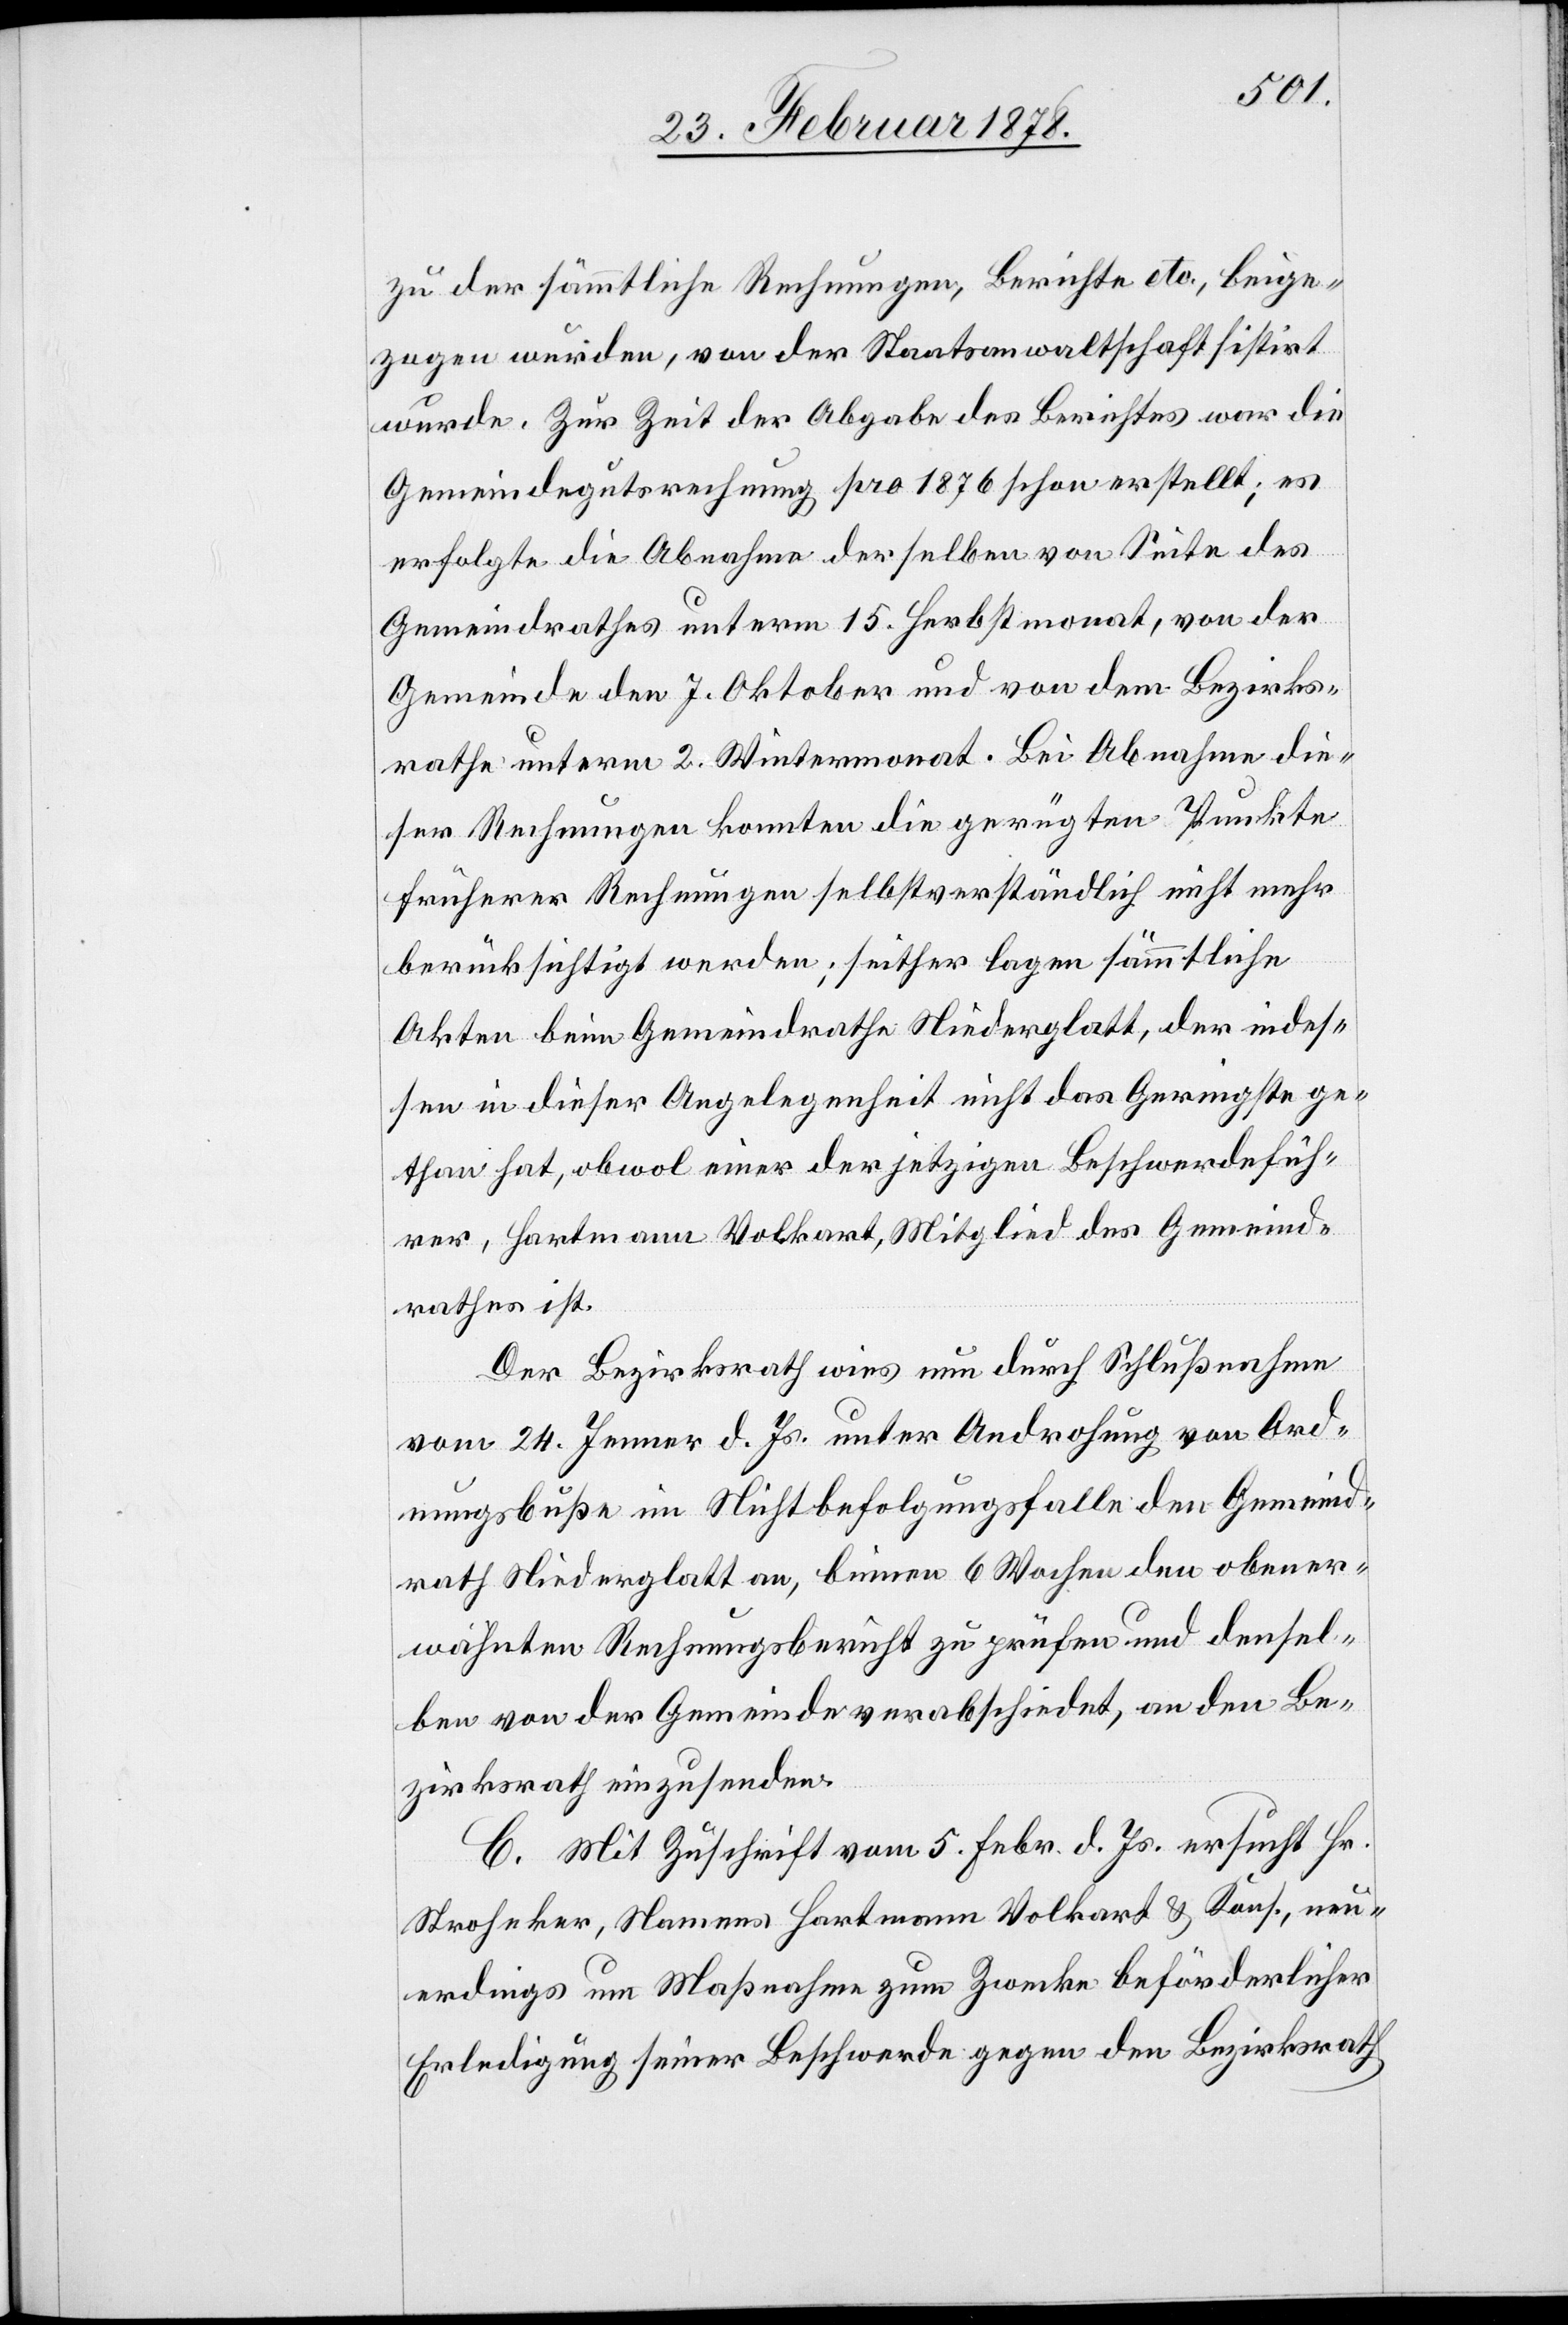
zu der sämmtliche Rechnungen, Berichte etc. beige¬
zogen wurden, von der Staatsanwaltschaft sistirt
wurde. Zur Zeit der Abgabe des Berichtes war die
Gemeindegutsrechnung pro 1876 schon erstellt; es
erfolgte die Abnahme derselben von Seite des
Gemeindrathes unterm 15. Herbstmonat, von der
Gemeinde den 7. Oktober und von dem Bezirks¬
rathe unterm 2. Wintermonat. Bei Abnahme die¬
ser Rechnungen konnten die gerügten Punkte
früherer Rechnungen selbstverständlich nicht mehr
berücksichtigt werden; seither lagen sämmtliche
Akten beim Gemeindrathe Niederglatt, der indes¬
sen in dieser Angelegenheit nicht das Geringste ge¬
than hat, obwol einer der jetzigen Beschwerdefüh¬
rer, Hartmann Volkart, Mitglied des Gemeind¬
rathes ist.
Der Bezirksrath wies nun durch Schlußnahme
vom 24. Jenner d. Js. unter Androhung von Ord¬
nungsbuße im Nichtbefolgungsfalle den Gemeind¬
rath Niederglatt an, binnen 6 Wochen den obener¬
wähnten Rechnungsbericht zu prüfen und densel¬
ben von der Gemeinde verabschiedet, an den Be¬
zirksrath einzusenden.
C. Mit Zuschrift vom 5. Febr. d. Js. ersucht Hr.
Stroheker, Namens Hartmann Volkart & Kons. neu¬
erdings um Maßnahme zum Zwecke beförderlicher
Erledigung seiner Beschwerde gegen den Bezirksrath